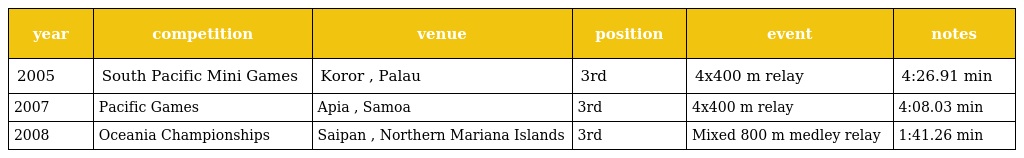
| year | competition | venue | position | event | notes |
 | --- | --- | --- | --- | --- | --- |
 | 2005 | South Pacific Mini Games | Koror , Palau | 3rd | 4x400 m relay | 4:26.91 min |
 | 2007 | Pacific Games | Apia , Samoa | 3rd | 4x400 m relay | 4:08.03 min |
 | 2008 | Oceania Championships | Saipan , Northern Mariana Islands | 3rd | Mixed 800 m medley relay | 1:41.26 min |